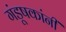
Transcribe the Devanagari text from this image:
गंडूषकांनीं